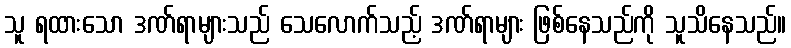
သူ ရထားသော ဒဏ်ရာများသည် သေလောက်သည့် ဒဏ်ရာများ ဖြစ်နေသည်ကို သူသိနေသည်။